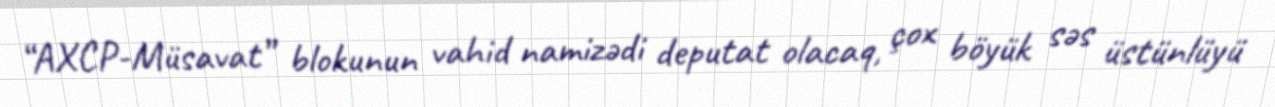
“AXCP-Müsavat” blokunun vahid namizədi deputat olacaq, çox böyük səs üstünlüyü